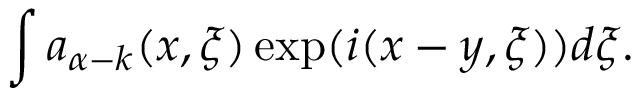
\int a _ { \alpha - k } ( x , \xi ) \exp ( i ( x - y , \xi ) ) d \xi .